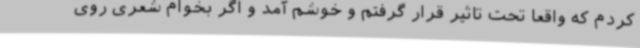
کردم که واقعا تحت تاثیر قرار گرفتم و خوشم آمد و اگر بخوام شعری روی